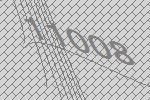
11008